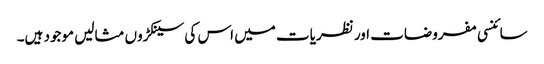
سائنسی مفروضات اور نظریات میں اس کی سینکڑوں مثالیں موجود ہیں۔